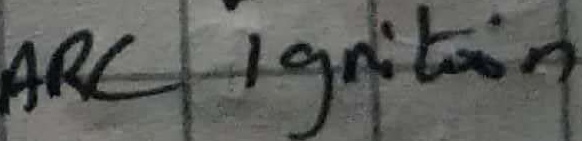
Text: ARC Ignition